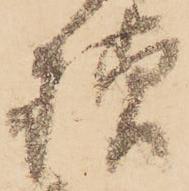
様